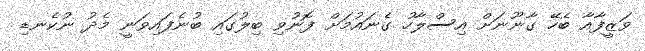
ވަޒީފާއާ ބެހޭ ގާނޫނަށް އިސްލާހު ގެނައުމަށް ފޮނުވި ބިލުގައި ބުނެފައިވަނީ މެދު ނުކެނޑި